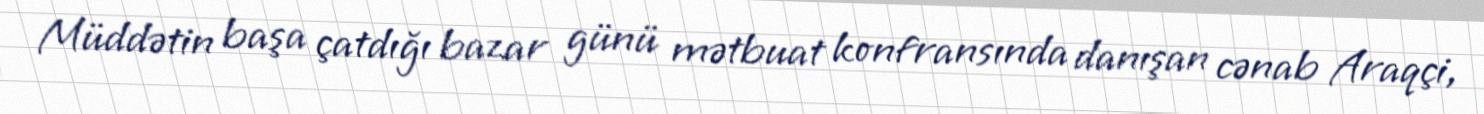
Müddətin başa çatdığı bazar günü mətbuat konfransında danışan cənab Araqçi,